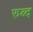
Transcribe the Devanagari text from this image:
रुब्द